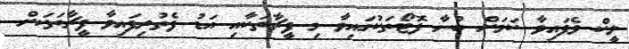
ލީކް ވެފައިވާ ކަމަށް ބުނާ ފޮޓޯތަކުގައިވާ މި ފީޗާތަކާއި އަޑު ފެތުރިފައިވާ ފީޗާތަކަށް